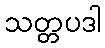
သတ္တပဒါ